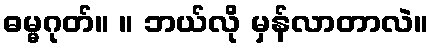
ဓမ္မဂုတ်။ ။ ဘယ်လို မှန်လာတာလဲ။